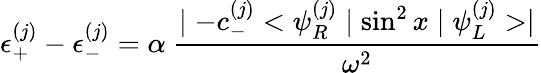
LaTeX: \epsilon_{+}^{(j)}-\epsilon_{-}^{(j)}=\alpha\ \frac{\mid-c_{-}^{(j)}<\psi_{R}^{(j)}\mid\sin^{2}x\mid\psi_{L}^{(j)}>\mid}{\omega^{2}}